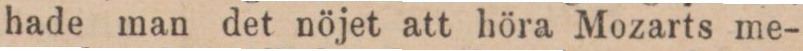
hade man det nöjet att höra Mozarts me-